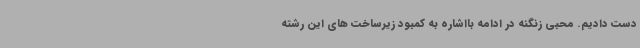
دست دادیم. محبی زنگنه در ادامه بااشاره به کمبود زیرساخت های این رشته